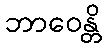
ဘာဝေန္တိ